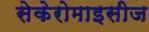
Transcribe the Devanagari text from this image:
सेकेरोमाइसीज